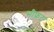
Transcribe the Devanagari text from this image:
सीफ्रंट